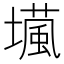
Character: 𡑵